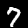
Digit: 7